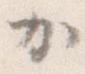
か